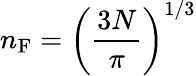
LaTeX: n_{\mathrm{F}}=\left({\frac{3N}{\pi}}\right)^{1/3}